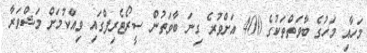
މަހާއި މަހުގެ ބާވަތްތަކުގެ 400 އަށްވުރެ ގިނަ ބާވަތުން ސީރޯޓެރިފްގައި ވިއްކުމަށް މަޝްވަރާ